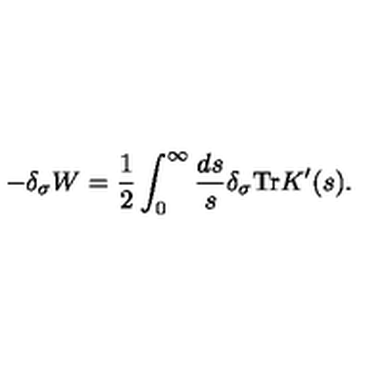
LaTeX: - \delta _ { \sigma } W = \frac 1 2 \int _ { 0 } ^ { \infty } \frac { d s } s \delta _ { \sigma } \mathrm { T r } K ^ { \prime } ( s ) .